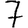
Digit: 7